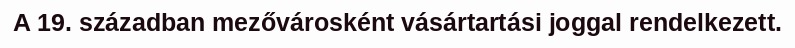
A 19. században mezővárosként vásártartási joggal rendelkezett.